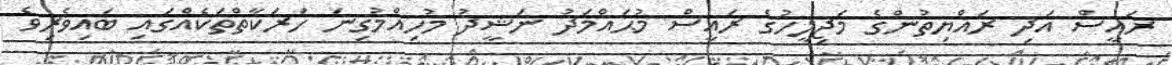
ރައީސް އަދި ރައްޔިތުންގެ މަޖިލީހުގެ ރައީސް މުޙައްމަދު ނަޝީދު މުހިއްމުގިނަ ހަރަކާތްތަކެއްގައި ބައިވެރިވެ